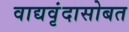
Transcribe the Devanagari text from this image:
वाद्यवृंदासोबत